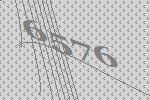
6576